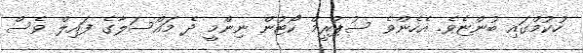
ހުކުމްގައި ބުންޏެވެ. އެހެންވެ ސުޕްރީމް ކޯޓުން ނިންމީ ދެ މައްސަލާގެ ފައިލް ވެސް